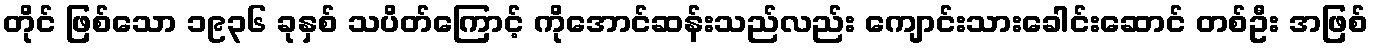
တိုင် ဖြစ်သော ၁၉၃၆ ခုနှစ် သပိတ်ကြောင့် ကိုအောင်ဆန်းသည်လည်း ကျောင်းသားခေါင်းဆောင် တစ်ဦး အဖြစ်